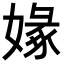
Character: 𡟼